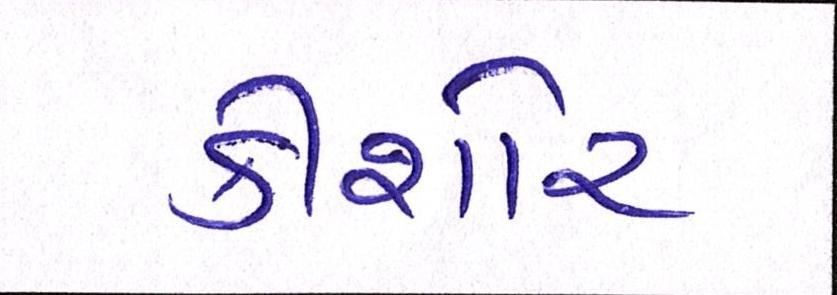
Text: કીશોર